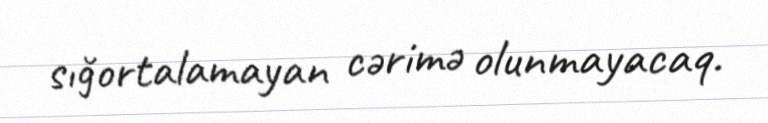
sığortalamayan cərimə olunmayacaq.